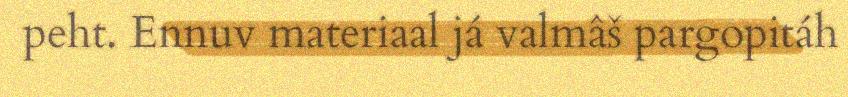
peht. Ennuv materiaal já valmâš pargopitáh